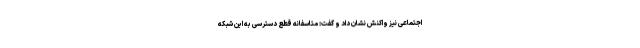
اجتماعی نیز واکنش نشان داد و گفت: متاسفانه قطع دسترسی به این شبکه